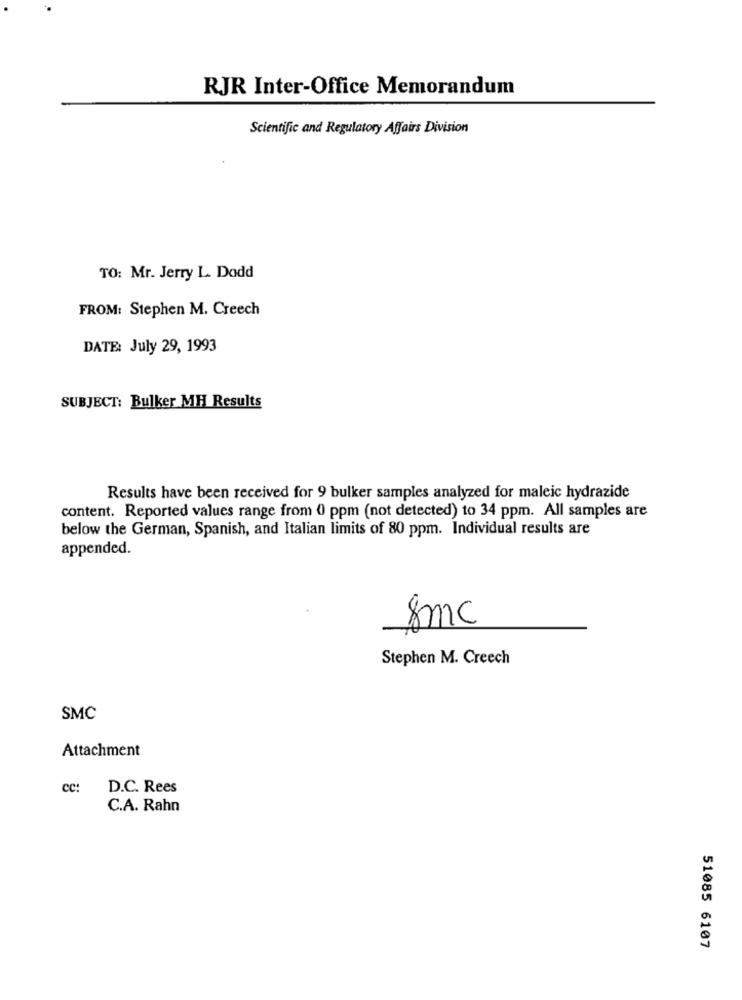
RJR Inter-Office Memorandum
Scientific and Regulatory Affairs Division
TO: Mr. Jerry L. Dodd
FROM: Stephen M. Creech
DATE: July 29, 1993
SUBJECT: Bulker MH Results
Results have been received for 9 bulker samples analyzed for maleic hydrazide
content. Reported values range from 0 ppm (not detected) to 34 ppm. All samples are
below the German, Spanish, and Italian limits of 80 ppm. Individual results are
appended.
gmc
Stephen M. Creech
SMC
Attachment
cc: D.C. Rees
C.A. Rahn
51085 6107